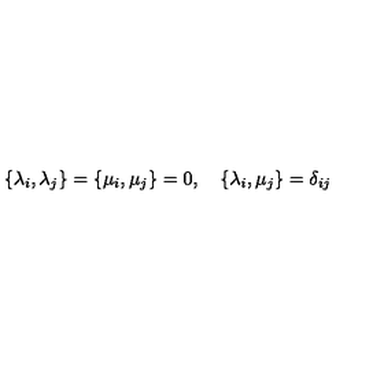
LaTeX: \{ \lambda _ { i } , \lambda _ { j } \} = \{ \mu _ { i } , \mu _ { j } \} = 0 , \quad \{ \lambda _ { i } , \mu _ { j } \} = \delta _ { i j }